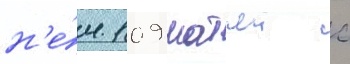
н'е́м 109 матчеи с